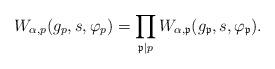
LaTeX: \begin{align*}W_{\alpha,p} ( g_p,s , \varphi_p ) = \prod_{\mathfrak{p} \mid p} W_{\alpha,\mathfrak{p}} ( g_ \mathfrak{p} ,s , \varphi_\mathfrak{p} ).\end{align*}